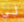
لي